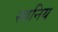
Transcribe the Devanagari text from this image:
स्थनिय